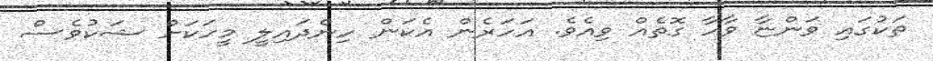
ތަކުގައި ވަންޏާ ވާހާ ގޮތެއް ވިއެވެ. އަހަރެން އެކަން ހިންދައިލީ މީހަކަށް ޝަކުވެސް